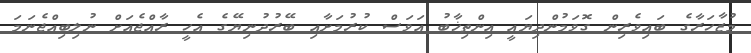
މުޒާހަރާގެ ބައިވެރިން ގޮވަމުންދިޔައީ އިންތިޚާބު އަވަސް ކުރުމަށާއި ބޭރުދުނިޔޭގެ އެހީ ރާއްޖެއަށް ނުލިބިއްޖެނަމަ